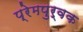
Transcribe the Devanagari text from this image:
प्रेमपुर्वक